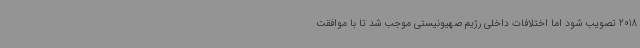
2018 تصویب شود اما اختلافات داخلی رژیم صهیونیستی موجب شد تا با موافقت